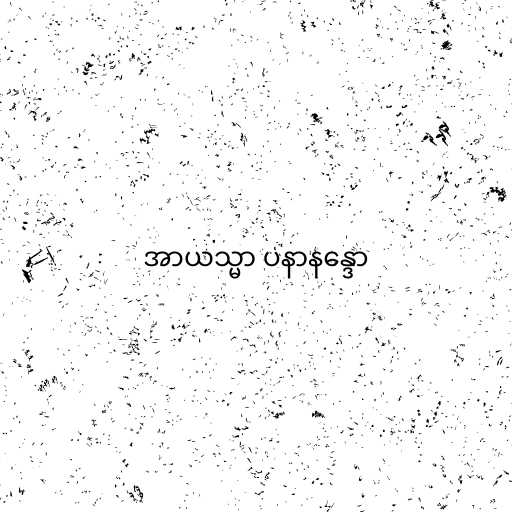
အာယသ္မာ ပနာနန္ဒော